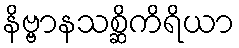
နိဗ္ဗာနသစ္ဆိကိရိယာ